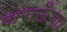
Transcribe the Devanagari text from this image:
कराऊँगा।